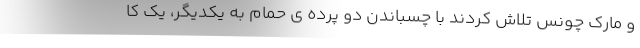
و مارک چونس تلاش کردند با چسباندن دو پرده ی حمام به یکدیگر، یک کا